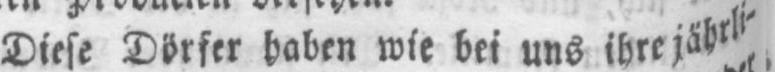
Diese Dörfer haben wie bei uns ihre jährli⸗